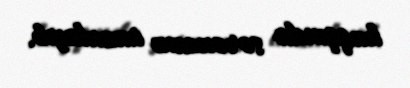
haqqında sərəncam imzalayıb.